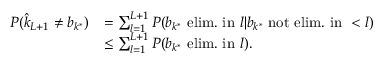
\begin{array} { r l } { P ( \hat { k } _ { L + 1 } \ne b _ { k ^ { * } } ) } & { = \sum _ { l = 1 } ^ { L + 1 } P ( b _ { k ^ { * } } \mathrm { ~ e l i m . ~ i n ~ } l | b _ { k ^ { * } } \mathrm { ~ n o t ~ e l i m . ~ i n ~ } < l ) } \\ & { \le \sum _ { l = 1 } ^ { L + 1 } P ( b _ { k ^ { * } } \mathrm { ~ e l i m . ~ i n ~ } l ) . } \end{array}